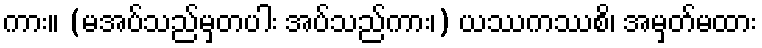
ကား။ (မအပ်သည်မှတပါး အပ်သည်ကား၊) ယဿကဿစိ၊ အမှတ်မထား